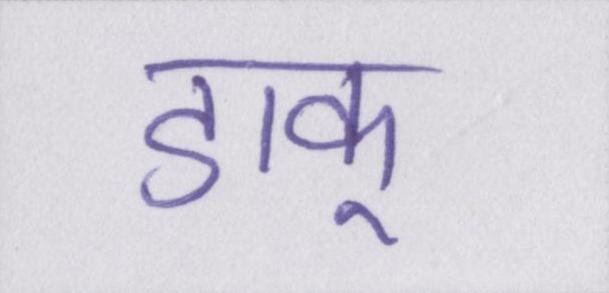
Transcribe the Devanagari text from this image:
डाकू